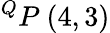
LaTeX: ^{Q}P\ (4,3)